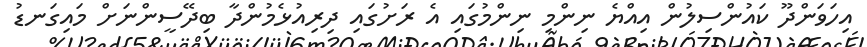
އިހަވަންދޫ ކައުންސިލުން އިއްޔެ ނިންމި ނިންމުގައި އެ ރަށުގައި ދިރިއުޅެމުންދާ ބިދޭސީންނަށް މައިގަނޑު